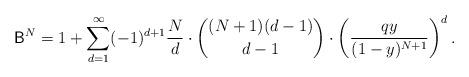
LaTeX: \begin{align*}\mathsf B^N=1+\sum_{d=1}^{\infty} (-1)^{d+1} \frac{N}{d} \cdot \binom{(N+1)(d-1)}{d-1}\cdot \left(\frac{qy}{(1-y)^{N+1}}\right)^{d}.\end{align*}